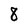
Character: 8